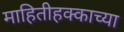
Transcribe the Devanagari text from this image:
माहितीहक्काच्या